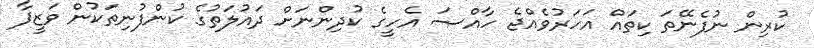
ކުރިން ނުފެނޭތަ ކިތައް އަހަރުވެއްޖެ ހާއްޞަ އެހީގެ ކުދިންނަށް ދައުލަތުގެ ކުންފުނިތަކުން ވަޒީފާ